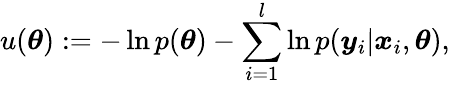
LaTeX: u(\boldsymbol{\theta}):=-\ln{p(\boldsymbol{\theta})}-\sum_{i=1}^{l}\ln{p(\boldsymbol{y}_{i}|\boldsymbol{x}_{i},\boldsymbol{\theta})},